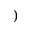
)